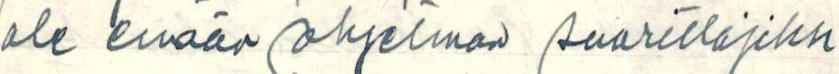
ole enään ohjelman suorittajiksi